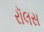
રૉલસ